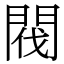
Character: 閥